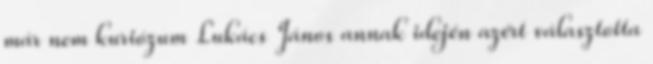
már nem kuriózum Lukács János annak idején azért választotta